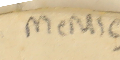
MeM1C-1